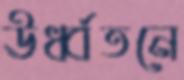
ঊর্ধ্বতনে